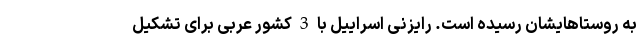
به روستاهایشان رسیده است. رایزنی اسراییل با 3 کشور عربی برای تشکیل